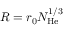
R = r _ { 0 } N _ { \mathrm { H e } } ^ { 1 / 3 }